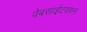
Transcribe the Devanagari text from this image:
वेबसाईटवरुन